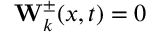
\mathbf { W } _ { k } ^ { \pm } ( x , t ) = 0